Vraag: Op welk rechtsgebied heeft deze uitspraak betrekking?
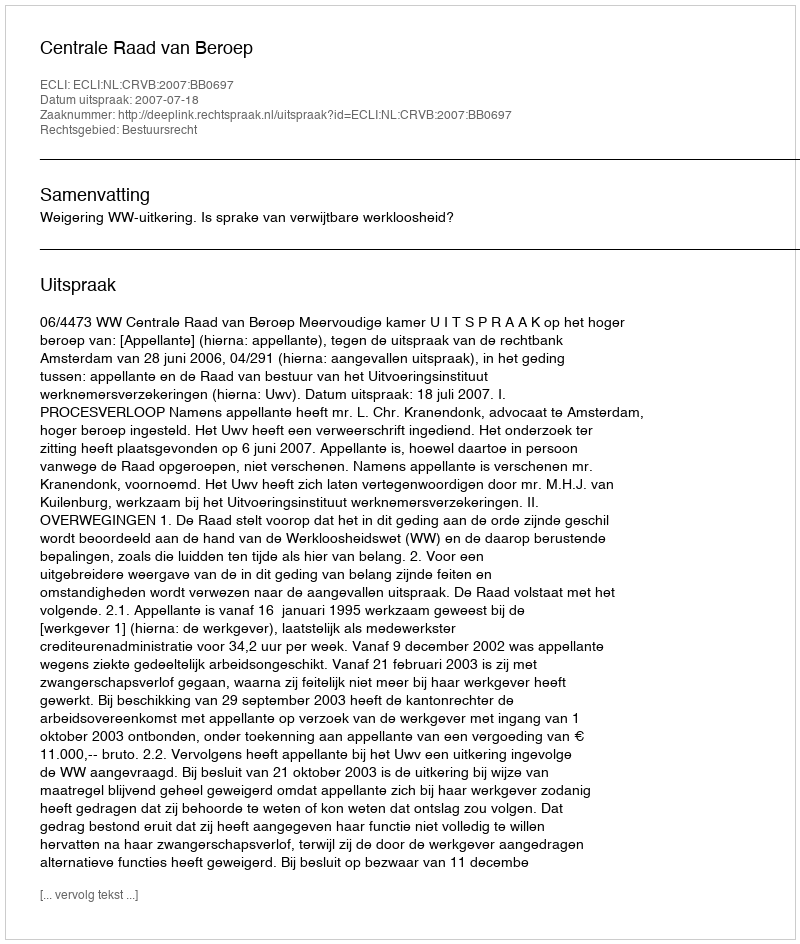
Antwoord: Bestuursrecht